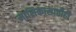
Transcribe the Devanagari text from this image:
मासिकासाठीही